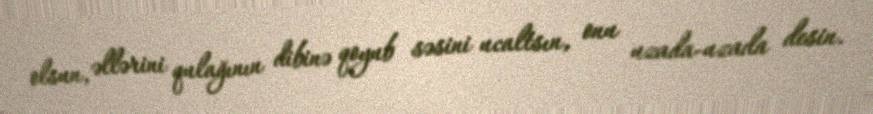
olsun, əllərini qulağının dibinə qoyub səsini ucaltsın, onu uzada-uzada desin.